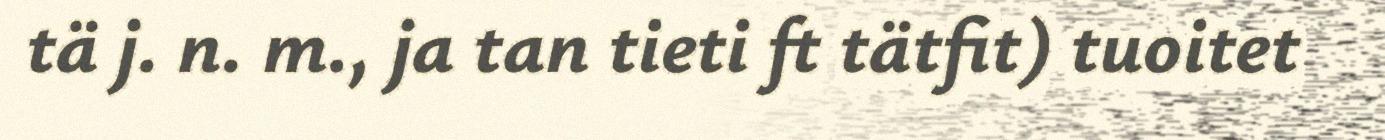
tä j. n. m., ja tan tieti ft tätfit) tuoitet